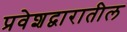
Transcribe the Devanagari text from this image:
प्रवेशद्वारातील